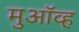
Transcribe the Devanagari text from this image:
मुऑव्ह